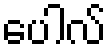
ပေါလ်